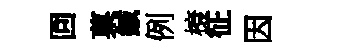
回菓鍼例榱征因